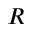
R